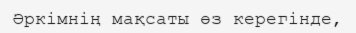
Әркімнің мақсаты өз керегінде,